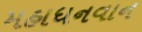
મહાધનવાન